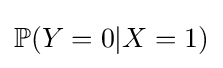
\mathbb {P} (Y=0|X=1)